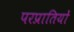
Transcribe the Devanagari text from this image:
परप्रातियों